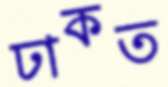
ঢাকত